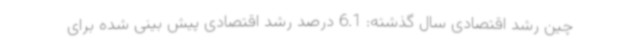
چین رشد اقتصادی سال گذشته: 6.1 درصد رشد اقتصادی پیش بینی شده برای